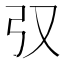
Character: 𢎤